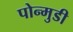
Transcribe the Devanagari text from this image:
पोन्मुडी